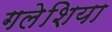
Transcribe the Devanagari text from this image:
गलेशिया